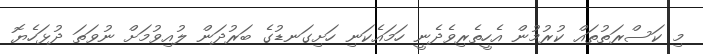
މި ކަސްރަތުތައް ކުރުމުން އެހީތެރިވެދެނީ ހަމައެކަނި ހަށިގަނޑުގެ ބަރުދަން ލުއިވުމަށް ނުވަތަ ދުޅަހެޔޮ